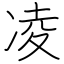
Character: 凌